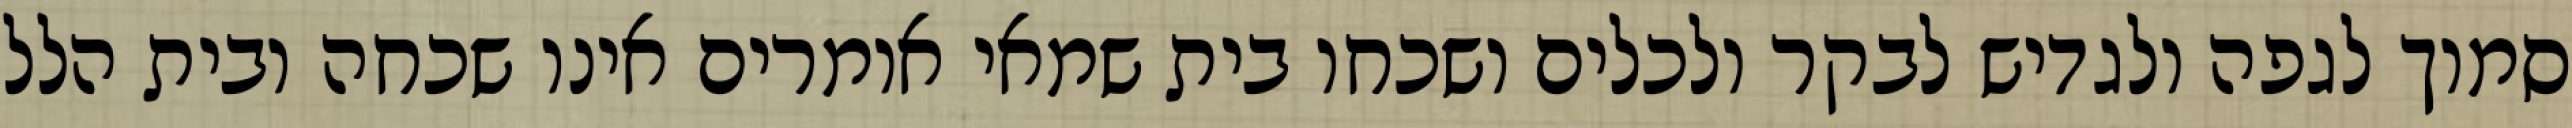
סמוך לגפה ולגדיש לבקר ולכלים ושכחו בית שמאי אומרים אינו שכחה ובית הלל